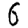
Digit: 6